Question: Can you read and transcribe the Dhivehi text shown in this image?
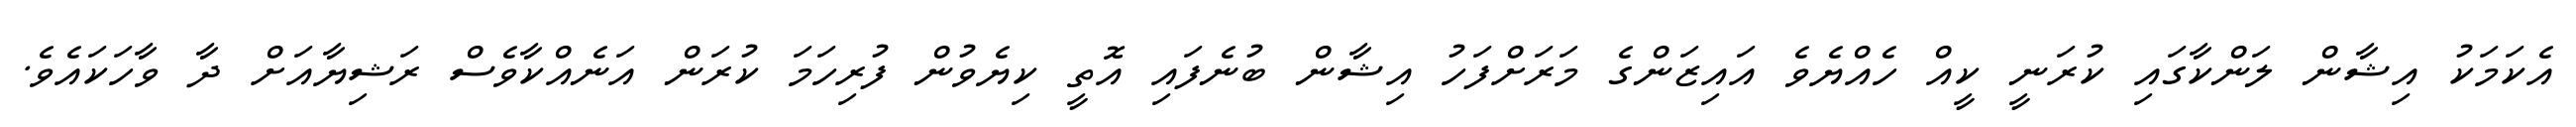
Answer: އެކަމަކު އިޝާން ލަންކާގައި ކުރަނީ ކީއް ހެއްޔެވެ އައިޒަންގެ މަރަށްފަހު އިޝާން ބުނެފައި އޮތީ ކިޔެވުން ފުރިހަމަ ކުރަން އަނެއްކާވެސް ރަޝިޔާއަށް ދާ ވާހަކައެވެ.